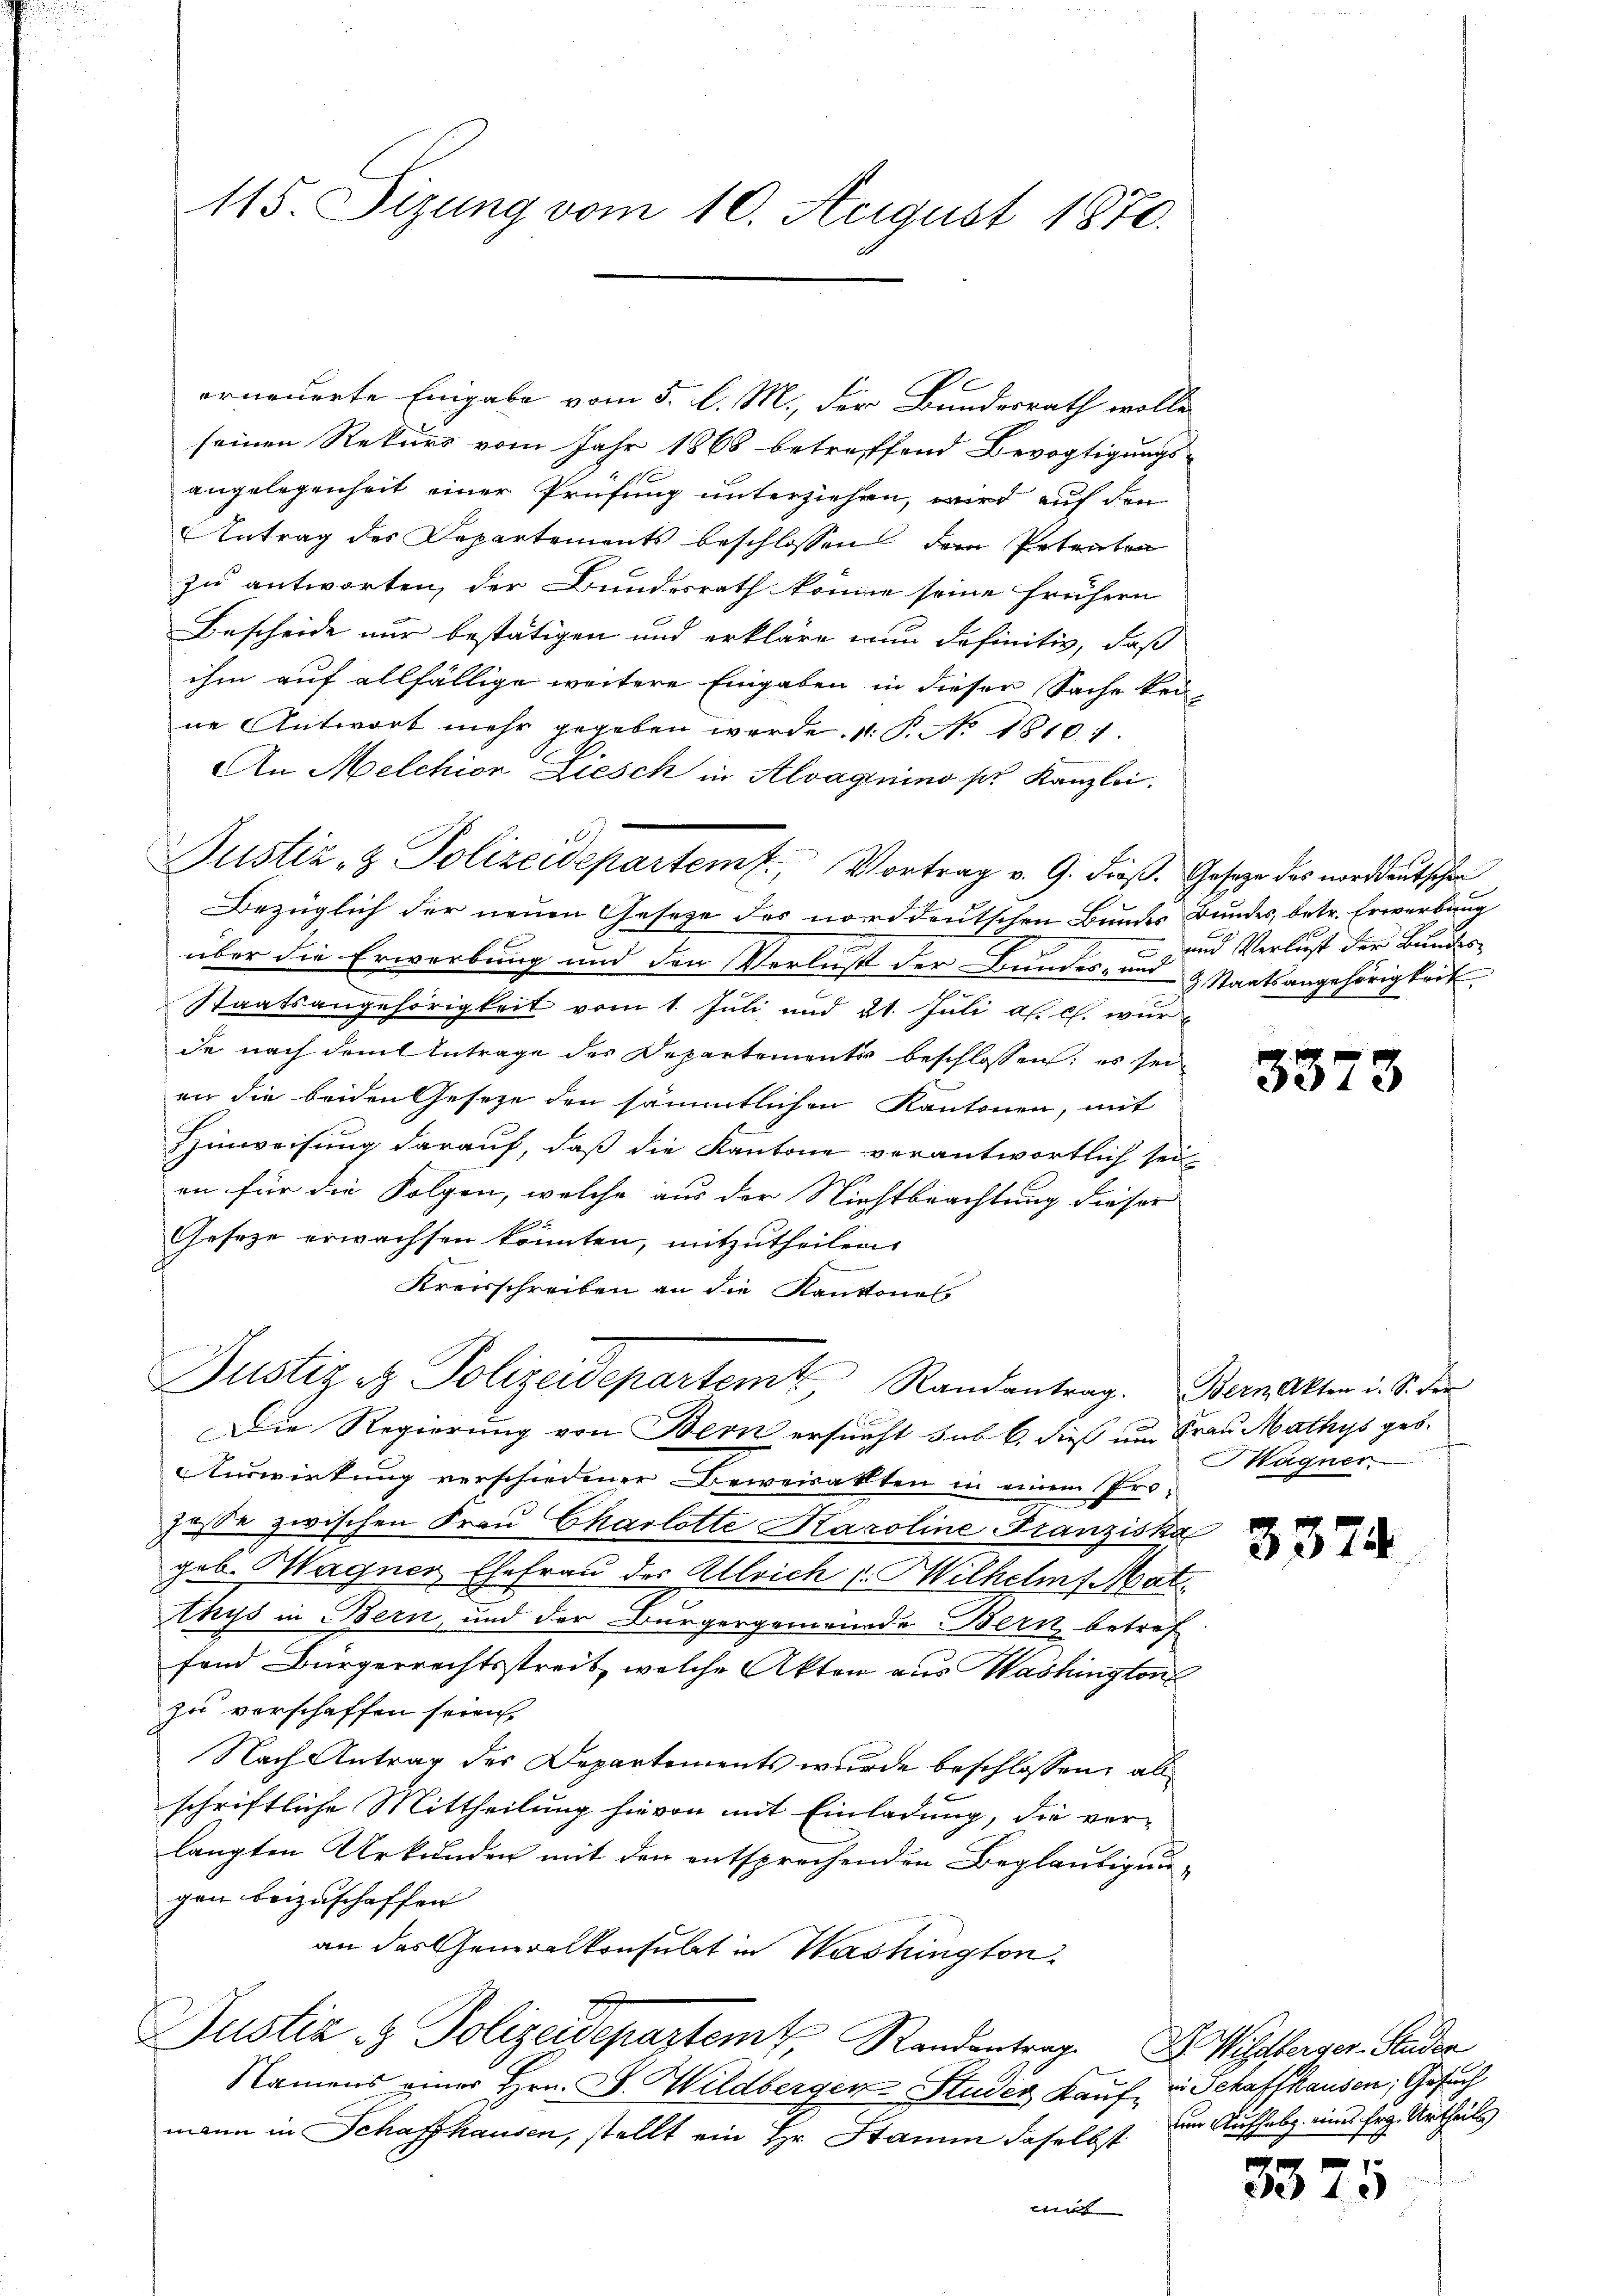
115. Sizung vom 10. August 1870.

erneuerte Eingabe vom 5. d. M., der Bundesrath wolle
seinen Rekurs vom Jahr 1868 betreffend Bevogtigungs-
angelegenheit einer Prüfung unterziehen, wird auf den
Antrag des Departements beschlossen dem Petenten
zu antworten, der Bundesrath könne seine frühern
Bescheide nur bestätigen und erkläre nun definitiv, daß
ihm auf allfällige weitere Eingaben in dieser Sache kei-
ne Antwort mehr gegeben werde. V. P. No 18101.
An Melchion Ziesch in Alvagnino pr. Kanzlei.
Bezüglich der neuen Geseze des norddeutschen Bundes Bundes, betr. Erwerbung
.
.
über die Erwerbung und den Verlust der Bundes- und & Staatsangehörigkeit
Staatsangehörigkeit vom 1. Juli und 21. Juli a. c. wurde nach dem Antrage des Departements beschlossen; es sei
en die beiden Gesetze den sämmtlichen Kantonen, mit
Hinweisung darauf, daß die Kantone verantwortlich sei-
en für die Folgen, welche aus der Nichtbeachtung dieser
Geseze erwachsen könnten, mitzutheilen.
Kreisschreiben an die Kantonal
Justiz & Polizeidepartem Randantrag. Bern Akten i. S. der
Die Regierung von Bern ersucht sub b. dieß um Frau Mathys geb.
Aurwirkung verschiedener Beweisakten in einem Pro¬
Jasse zwischen Frau Charlotte Karoline Franziska
geb. Wagner, Ehefrau der Alleich 1. Wilhelm Mat
thys in Bern, und der Burgergemeinde Bern betref
fand Bürgerrechtsstreit, welche Akten aus Washington
zu verschaffen seien,
Nach Antrag des Departements wurde beschlossen, al
schriftliche Mittheilung hievon mit Einladung, die ver-
langten Urkunden mit den entsprechenden Beglaubigungen beizuschaffen
an das Generalkonsulat in Washingten.
Justiz & Polizeidepartemt, Randantrag. Dr. Wetterger Studen
Namens einer Hrn. F. Wildberger Studer Kauf, v. Schaffhausen, Gesuch
mann in Schaffhausen, stellt ein Hr. Stamm daselbst im Aufhebg eines Erz. Urtheils

0
Justiz- & Polizeidepartem f., Vortrag v. 9. dieß. Gesetze des norddeutschen

und Verlust der Bundes

3373

Hagner.

3374

.
337.